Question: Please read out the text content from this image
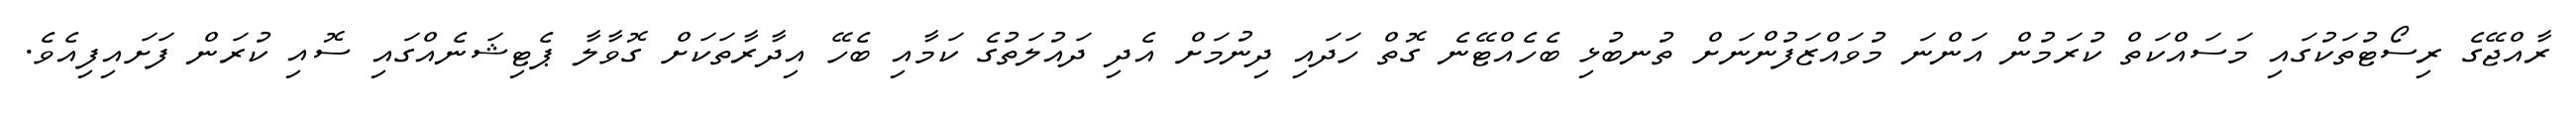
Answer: ރާއްޖޭގެ ރިސޯޓުތަކުގައި މަސައްކަތް ކުރަމުން އަންނަ މުވައްޒަފުންނަށް ތުނބުޅި ބެހެއްޓޭނެ ގޮތް ހަދައި ދިނުމަށް އެދި ދައުލަތުގެ ކަމާއި ބެހޭ އިދާރާތަކަށް ގޮވާލާ ޕެޓިޝަނެއްގައި ސޮއި ކުރަން ފަށައިފިއެވެ.